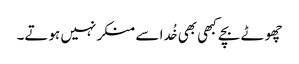
چھوٹے بچے کبھی بھی خُدا سے منکر نہیں ہوتے۔